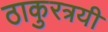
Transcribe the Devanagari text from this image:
ठाकुरत्रयी